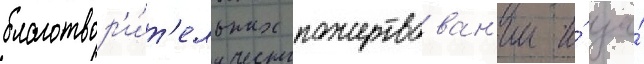
благотвор'и́т'ельных пожертвован'ии и́ за́